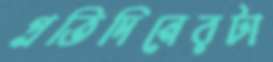
প্রতিদিনেরটা